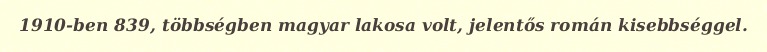
1910-ben 839, többségben magyar lakosa volt, jelentős román kisebbséggel.